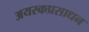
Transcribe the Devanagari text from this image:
अयस्कप्रसाधन